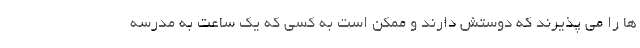
ها را می پذیرند که دوستش دارند و ممکن است به کسی که یک ساعت به مدرسه